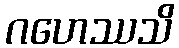
ဂဟေဿသိ